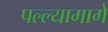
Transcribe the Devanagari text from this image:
पल्ल्यामागे